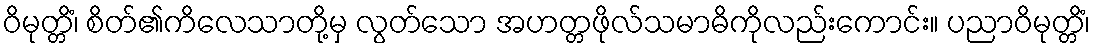
ဝိမုတ္တိံ၊ စိတ်၏ကိလေသာတို့မှ လွတ်သော အဟတ္တဖိုလ်သမာဓိကိုလည်းကောင်း။ ပညာဝိမုတ္တိံ၊